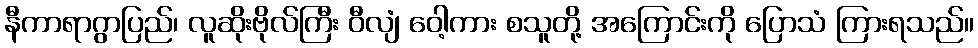
နီကာရာဂွာပြည်၊ လူဆိုးဗိုလ်ကြီး ဝီလျံ ဝေါ့ကား စသူတို့ အကြောင်းကို ပြောသံ ကြားရသည်။